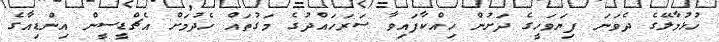
ހުޅުމާލޭގެ ދެވަނަ ފިޔަވަހީގެ ދަށުން ހިއްކާފައިވާ ސަރަހައްދުގެ މަގުތައް ހެދުމަށް އެޗްޑީސީން އިންޑިއާގެ